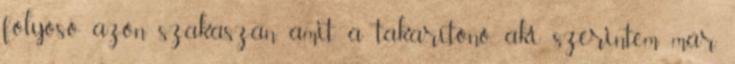
folyosó azon szakaszán, amit a takarítónő, aki szerintem már